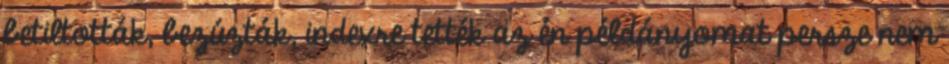
betiltották, bezúzták, indexre tették az én példányomat persze nem